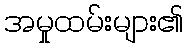
အမှုထမ်းများ၏